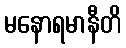
မနောရမာနီတိ